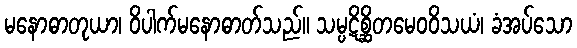
မနောဓာတုယာ၊ ဝိပါက်မနောဓာတ်သည်။ သမ္ပဋိစ္ဆိတမေဝဝိသယံ၊ ခံအပ်သော